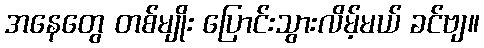
အနေတွေ တစ်မျိုး ပြောင်းသွားလိမ့်မယ် ခင်ဗျ။